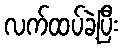
လက်ထပ်ခဲ့ပြီး